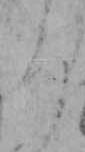
ろ